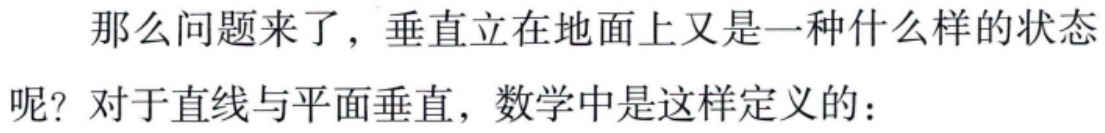
那么问题来了，垂直立在地面上又是一种什么样的状态呢？对于直线与平面垂直，数学中是这样定义的：